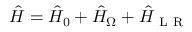
\hat { H } = \hat { H } _ { 0 } + \hat { H } _ { \Omega } + \hat { H } _ { \mathrm { ~ L ~ R ~ } }